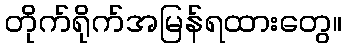
တိုက်ရိုက်အမြန်ရထားတွေ။